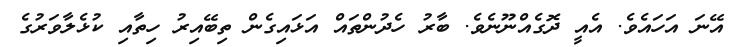
އޭނަ އަހައެވެ. އެއީ ދޮގެއްނޫނެވެ. ބާރު ހެދުންތައް އަޅައިގެން ތިބޭއިރު ހިތާއި ކުޅެލާވަރުގެ